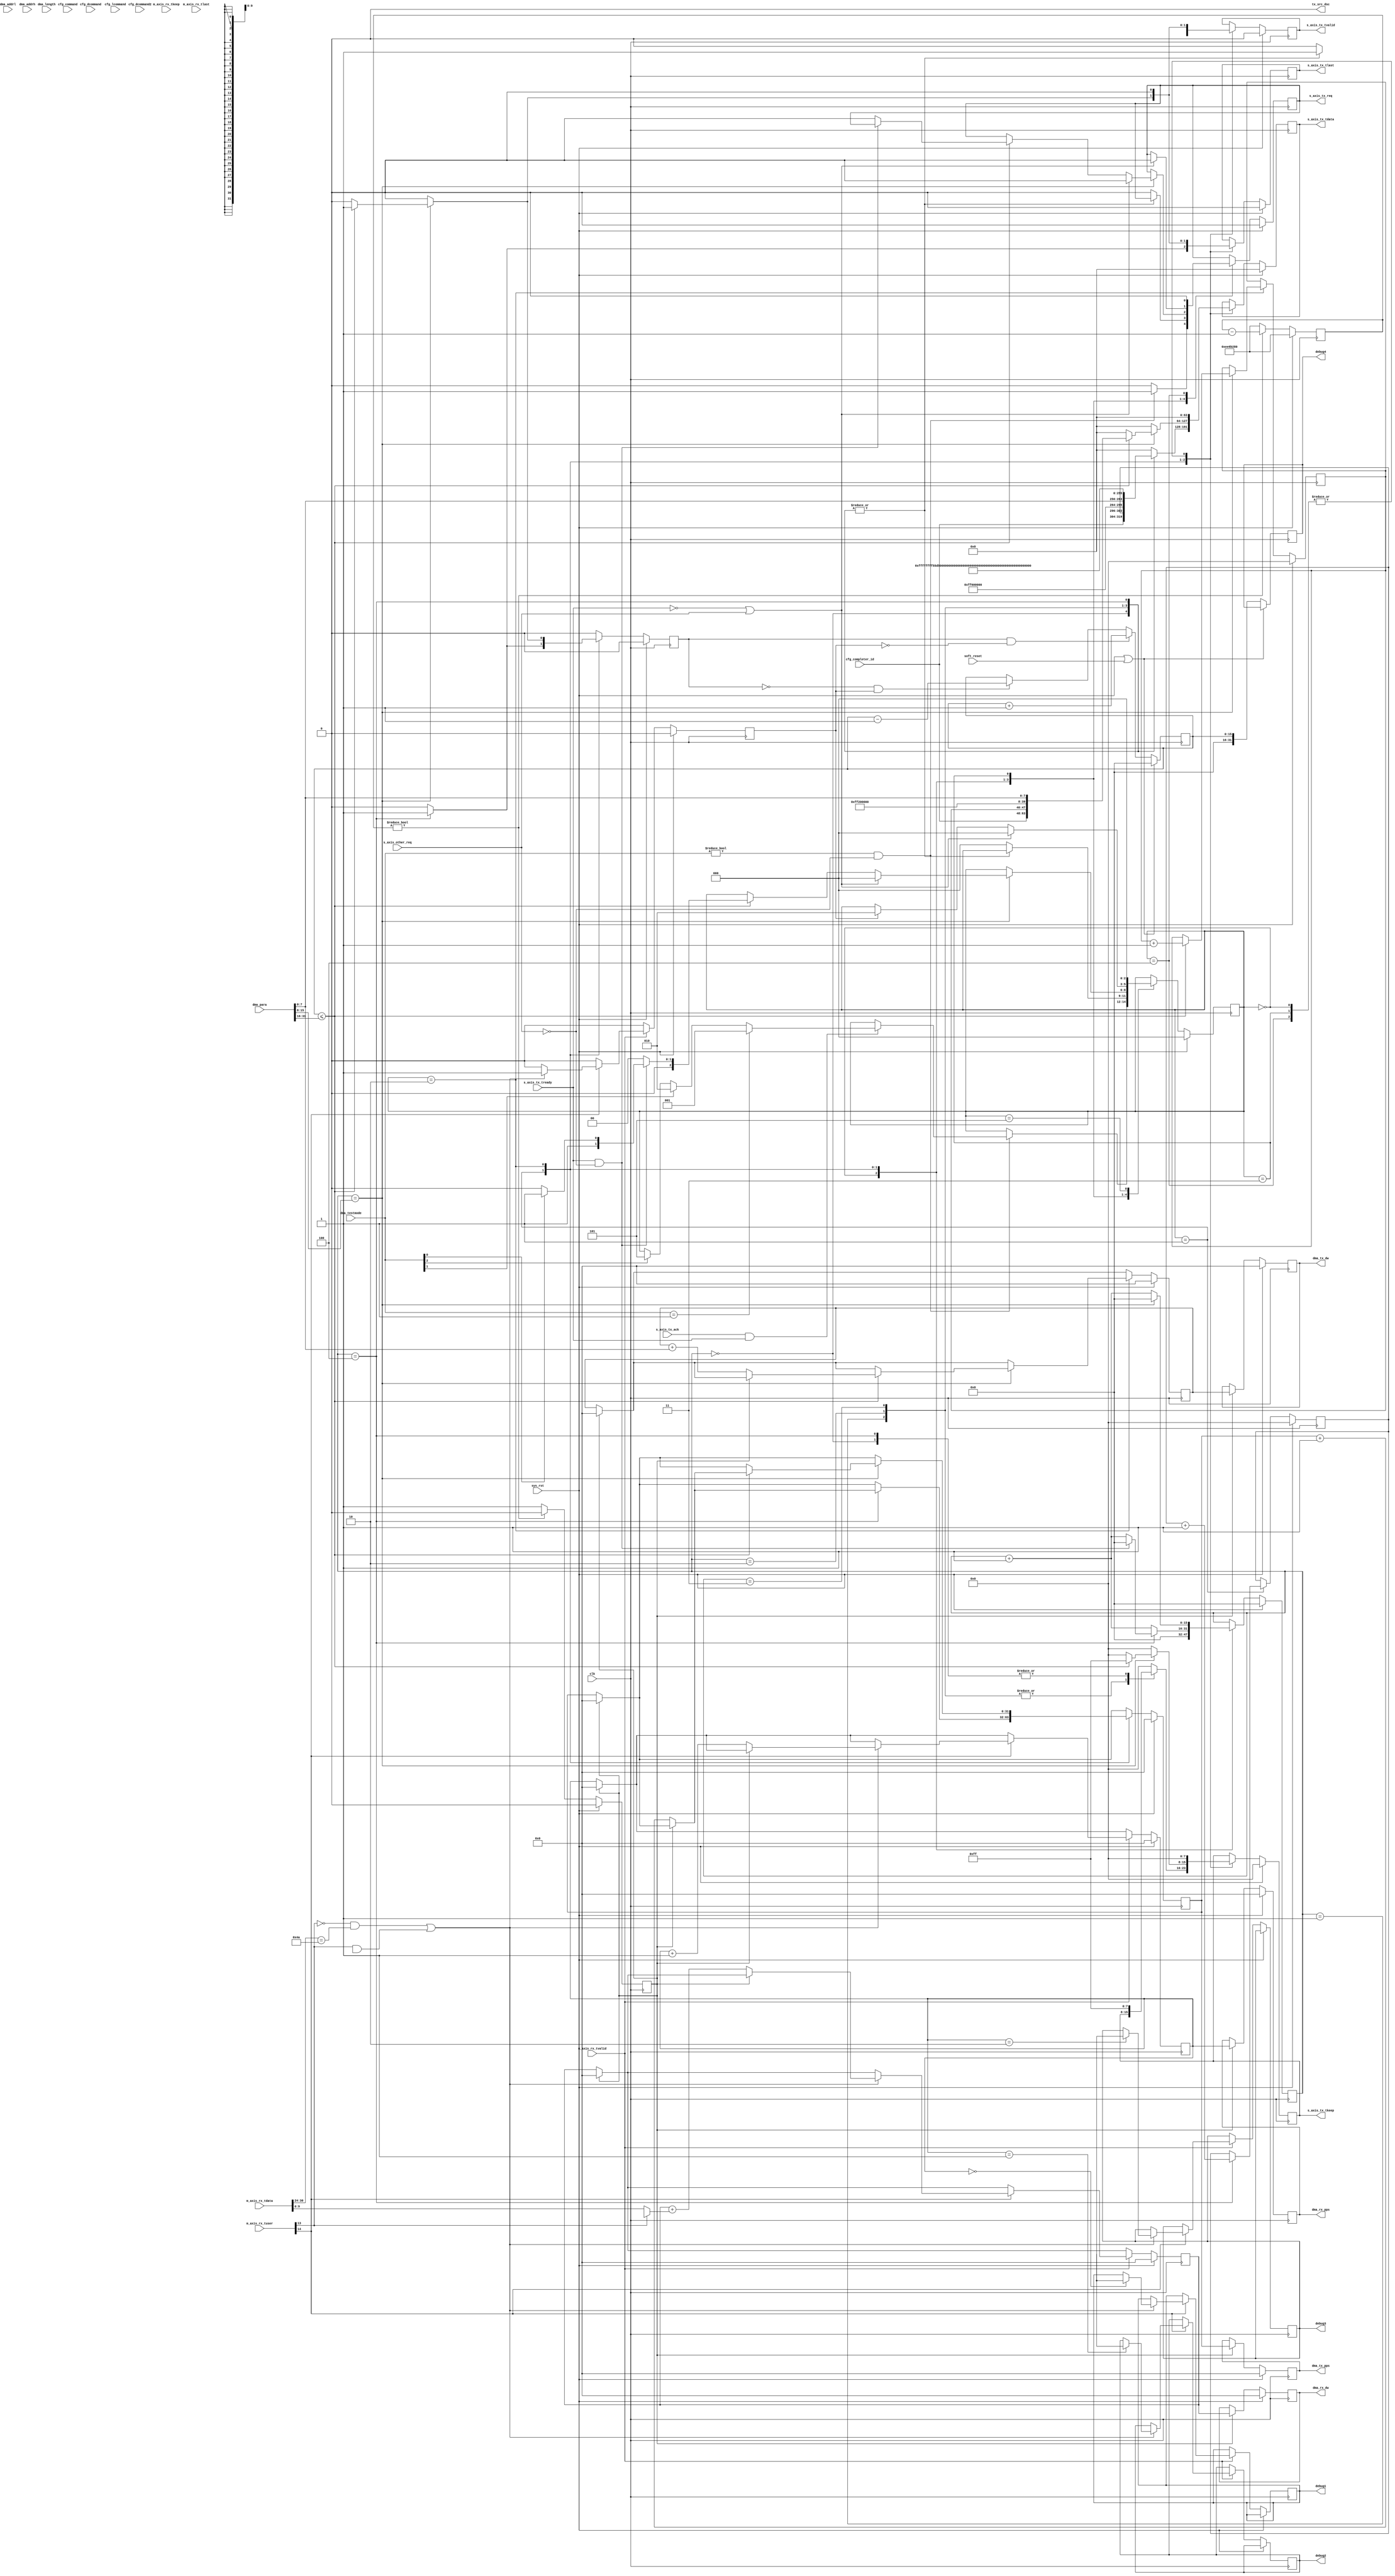
`default_nettype none
`timescale 1ps/1ps

module PIO_DMATEST # (
	// RX/TX interface data width
	parameter C_DATA_WIDTH = 64,
	parameter TCQ = 1,
	// TSTRB width
	parameter KEEP_WIDTH = C_DATA_WIDTH / 8
)(
	input wire clk,
	input wire sys_rst,
	input wire soft_reset,

	//AXIS TX
	input wire s_axis_other_req,
	output reg s_axis_tx_req = 1'b0,
	input wire s_axis_tx_ack,
	input wire s_axis_tx_tready,
	output reg [C_DATA_WIDTH-1:0] s_axis_tx_tdata,
	output reg [KEEP_WIDTH-1:0] s_axis_tx_tkeep = 16'h00,
	output reg s_axis_tx_tlast = 1'b0,
	output reg s_axis_tx_tvalid = 1'b0,
	output wire tx_src_dsc,

	input wire [15:0] cfg_completer_id,

	//AXIS RX
	input wire [C_DATA_WIDTH-1:0] m_axis_rx_tdata,
	input wire [KEEP_WIDTH-1:0] m_axis_rx_tkeep,
	input wire m_axis_rx_tlast,
	input wire m_axis_rx_tvalid,
	input wire [21:0] m_axis_rx_tuser,

        input wire [15:0] cfg_command,
        input wire [15:0] cfg_dcommand,
        input wire [15:0] cfg_lcommand,
        input wire [15:0] cfg_dcommand2,

	// PCIe user registers
	input wire  [2:0] dma_testmode,
	input wire [31:2] dma_addrl,
	input wire [15:0] dma_addrh,
	input wire [31:2] dma_length,
	input wire [31:0] dma_para,
	output reg [31:0] dma_tx_pps = 32'h0,
	output reg [31:0] dma_tx_dw = 32'h0,
	output reg [31:0] dma_rx_pps = 32'h0,
	output reg [31:0] dma_rx_dw = 32'h0,

	output reg [31:0] debug1 = 32'h0,
	output reg [31:0] debug2 = 32'h0,
	output reg [31:0] debug3 = 32'h0,
	output reg [31:0] debug4 = 32'h0
);

//wire [4:0] rx_is_sof;
//wire [4:0] rx_is_eof;
//assign rx_is_sof = m_axis_rx_tuser[14:10];
//assign rx_is_eof = m_axis_rx_tuser[21:17];
wire sof_present = m_axis_rx_tuser[14];
wire sof_right = !m_axis_rx_tuser[13] & sof_present;
wire sof_mid = m_axis_rx_tuser[13] & sof_present;
wire eof_present = m_axis_rx_tuser[21];


// 1sec snapshot
reg oneshot_1sec = 1'b0;
reg [27:0] counter_1sec = 28'd250_000_000;
always @(posedge clk) begin
	if (sys_rst) begin
		counter_1sec <= 28'd250_000_000;
		oneshot_1sec <= 1'b0;
	end else begin
		oneshot_1sec <= 1'b0;
		if (counter_1sec != 28'd0) begin
			counter_1sec <= counter_1sec - 28'd1;
		end else begin
			oneshot_1sec <= 1'b1;
			counter_1sec <= 28'd250_000_000;
		end
	end
end


// Local wires
parameter TLP_TX_IDLE       = 3'b000;
parameter TLP_TX_WRITE      = 3'b001;
parameter TLP_TX_READ       = 3'b010;
parameter TLP_TX_READWAIT   = 3'b011;
parameter TLP_TX_READWRITE  = 3'b101;
parameter TLP_TX_LOOP       = 3'b100;
reg [2:0] tx_state = TLP_TX_IDLE;
reg [15:0] tlp_tx_count = 16'h0;
reg [7:0] tlp_rx_count = 8'h0;
reg [31:0] tlp_tx_pps = 32'h0;
reg [31:0] tlp_tx_dw = 32'h0;
reg [31:0] tlp_rx_pps = 32'h0;
reg [31:0] tlp_rx_dw = 32'h0;
reg [31:2] dma_addr = 30'h0;
reg [31:2] dma_len = 30'h0;
reg [7:0] tlp_tx_tag = 8'h0;
reg [7:0] tlp_rx_tag = 8'h0;
reg tx_done = 1'b0;
reg rx_done = 1'b0;
reg [15:0] tlp_remain = 16'd0;

// Transmit
always @(posedge clk) begin
	if (sys_rst) begin
		dma_addr <= 30'h0;
		dma_len <= 30'h0;
		tlp_tx_tag <= 8'h0;
		tlp_rx_tag <= 8'h0;
		tlp_tx_pps <= 32'h00;
		tlp_tx_dw <= 32'h00;
		dma_tx_pps <= 32'h00;
		dma_tx_dw <= 32'h00;
		tlp_tx_count <= 16'h0;
		s_axis_tx_req <= 1'b0;
		s_axis_tx_tvalid <= 1'b0;
		s_axis_tx_tlast <= 1'b0;
		s_axis_tx_tkeep <= 16'h0000;
		s_axis_tx_tdata <= 128'h00000000_00000000_00000000_00000000;
		tx_done <= 1'b0;
		tx_state <= TLP_TX_IDLE;
	end else begin
		tx_done <= 1'b0;
		if (oneshot_1sec) begin
			dma_tx_pps <= tlp_tx_pps;
			dma_tx_dw <= tlp_tx_dw;
			tlp_tx_pps <= 32'h00;
			tlp_tx_dw <= 32'h00;
		end
		case (tx_state)
		TLP_TX_IDLE: begin
			tlp_tx_count <= 16'h0;
			s_axis_tx_tvalid <= 1'b0;
			s_axis_tx_tlast <= 1'b0;
			s_axis_tx_tkeep <= 16'h0000;
			s_axis_tx_tdata <= 128'h00000000_00000000_00000000_00000000;
			if (dma_testmode != 3'h0 && s_axis_other_req == 1'b0) begin
				if (dma_addr == 30'h0) begin
					dma_addr <= dma_addrl;
					dma_len  <= dma_length;
				end
				s_axis_tx_req <= 1'b1;
				if (s_axis_tx_ack && s_axis_tx_tready)
					if (dma_testmode == 3'b001)
						tx_state <= TLP_TX_WRITE;
					else if (dma_testmode[1])
						tx_state <= TLP_TX_READ;
					else if (dma_testmode[2])
						tx_state <= TLP_TX_READWRITE;
			end else
				s_axis_tx_req <= 1'b0;
		end
		TLP_TX_WRITE: begin
			tlp_tx_count <= tlp_tx_count + 16'h1;
			case (tlp_tx_count)
			16'h0: begin
				s_axis_tx_tvalid <= 1'b1;
				s_axis_tx_tlast <= 1'b0;
				s_axis_tx_tkeep <= 16'hffff;
				s_axis_tx_tdata <= {{dma_addr, 2'b00}, {16'h00, dma_addrh}, cfg_completer_id, tlp_tx_tag[7:0], 8'hFF, 24'h600000, dma_para[7:0]};
			end
			16'h1: begin
				s_axis_tx_tvalid <= 1'b1;
				s_axis_tx_tlast <= 1'b0;
				s_axis_tx_tdata <= {tlp_tx_pps[31:0],96'hFFFF0000_FFFFFFFF_55D50040};
			end
			16'h2: begin
				s_axis_tx_tvalid <= 1'b1;
				s_axis_tx_tlast <= 1'b0;
				s_axis_tx_tdata <= 128'h0A5AC0A8_00004011_002E0000_08004500;
			end
			16'h3: begin
				s_axis_tx_tvalid <= 1'b1;
				s_axis_tx_tlast <= 1'b0;
				s_axis_tx_tdata <= 128'hCC00CC00_001A0000_02660D5E_0165C0A8;
			end
			16'h4: begin
				s_axis_tx_tvalid <= 1'b1;
				s_axis_tx_tlast <= 1'b1;
				s_axis_tx_tkeep <= 16'hffff;
				s_axis_tx_tdata <= 128'h40414243_3C3D3E3F_38393A3B_34353637;
				tx_done <= 1'b1;
				if (!oneshot_1sec) begin
					tlp_tx_pps <= tlp_tx_pps + 32'h1;
				end
				dma_addr <= dma_addr + {22'h00, dma_para[7:0]};
				dma_len <= dma_len - {22'h00, dma_para[7:0]};
				tlp_tx_tag <= tlp_tx_tag + 8'h1;
				if (dma_len == 30'h00) begin
					dma_addr <= dma_addrl;
					dma_len  <= dma_length;
				end
				if (s_axis_tx_tready && s_axis_other_req == 1'b0) begin
					tlp_tx_count <= 16'h0;
				end
			end
			default: begin
				s_axis_tx_tvalid <= 1'b0;
				s_axis_tx_tlast <= 1'b0;
				s_axis_tx_tkeep <= 16'h0000;
				s_axis_tx_tdata <= 128'h00000000_00000000_00000000_00000000;
				s_axis_tx_req <= 1'b0;
				tx_state <= TLP_TX_IDLE;
			end
			endcase
		end
		TLP_TX_READ: begin
			s_axis_tx_tvalid <= 1'b0;
			s_axis_tx_tlast <= 1'b0;
			s_axis_tx_tkeep <= 16'h0000;
			s_axis_tx_tdata <= 128'h00000000_00000000_00000000_00000000;
			tlp_tx_count <= tlp_tx_count + 16'h1;
			if (tlp_tx_count == dma_para[15:8]) begin
				tlp_tx_count <= 16'h0;
				if (tlp_remain <= dma_para[31:16]) begin
					tx_done <= 1'b1;
					s_axis_tx_tvalid <= 1'b1;
					s_axis_tx_tlast <= 1'b1;
					s_axis_tx_tkeep <= 16'hffff;
					s_axis_tx_tdata <= {{dma_addr, 2'b00}, {16'h0, dma_addrh}, cfg_completer_id, tlp_rx_tag[7:0], 8'hff, 24'h200000, dma_para[7:0]};
					if (!oneshot_1sec) begin
						tlp_tx_pps <= tlp_tx_pps + 32'h1;
						tlp_tx_dw <= tlp_tx_dw + {24'h0, dma_para[7:0]};
					end
					dma_addr <= dma_addr + {22'h00, dma_para[7:0]};
					dma_len <= dma_len - {22'h00, dma_para[7:0]};
					tlp_rx_tag <= tlp_rx_tag + 8'h1;
					if (dma_len == 30'h00) begin
						dma_addr <= dma_addrl;
						dma_len  <= dma_length;
					end
					if (s_axis_tx_tready && s_axis_other_req == 1'b0) begin
						if (dma_testmode[0] == 1'b0)
							tx_state <= TLP_TX_READ;
						else
							tx_state <= TLP_TX_READWAIT;
					end else begin
						s_axis_tx_req <= 1'b0;
						tx_state <= TLP_TX_IDLE;
					end
				end
				if (s_axis_tx_tready == 1'b0 || s_axis_other_req) begin
					s_axis_tx_req <= 1'b0;
					tx_state <= TLP_TX_IDLE;
				end
			end
		end
		TLP_TX_READWAIT: begin
			s_axis_tx_tvalid <= 1'b0;
			s_axis_tx_tlast <= 1'b0;
			s_axis_tx_tkeep <= 16'h0000;
			s_axis_tx_tdata <= 128'h00000000_00000000_00000000_00000000;
			if (s_axis_tx_tready == 1'b0 || s_axis_other_req) begin
				s_axis_tx_req <= 1'b0;
				tx_state <= TLP_TX_IDLE;
			end else if (rx_done)
				tx_state <= TLP_TX_READ;
		end
		TLP_TX_READWRITE: begin
			tx_state <= TLP_TX_IDLE;
		end
		TLP_TX_LOOP: begin
			s_axis_tx_tvalid <= 1'b0;
			s_axis_tx_tlast <= 1'b0;
			s_axis_tx_tkeep <= 16'h0000;
			s_axis_tx_tdata <= 128'h00000000_00000000_00000000_00000000;
			s_axis_tx_req <= 1'b0;
		end
		endcase
	end
end

assign tx_src_dsc = 1'b0;

// Receive
always @(posedge clk) begin
	if (sys_rst) begin
		tlp_rx_pps <= 32'h00;
		tlp_rx_dw <= 32'h00;
		dma_rx_pps <= 32'h00;
		dma_rx_dw <= 32'h00;
		tlp_rx_count <= 8'h0;
		rx_done <= 1'b0;
	end else begin
		if (oneshot_1sec) begin
			dma_rx_pps <= tlp_rx_pps;
			dma_rx_dw <= tlp_rx_dw;
			tlp_rx_pps <= 32'h00;
			tlp_rx_dw <= 32'h00;
		end
		if (m_axis_rx_tvalid) begin
			if (sof_present) begin
				tlp_rx_count <= 8'h0;
				if ((m_axis_rx_tuser[13] == 1'b0 && m_axis_rx_tdata[30:24]==7'b1001010) || (m_axis_rx_tuser[13] == 1'b1 && m_axis_rx_tdata[94:88]==7'b1001010)) begin  // ?completion with data
case (tlp_rx_pps)
32'h0: debug1 <= m_axis_rx_tdata[127:96];
32'h1: debug2 <= m_axis_rx_tdata[127:96];
32'h2: debug3 <= m_axis_rx_tdata[127:96];
//32'h3: debug4 <= m_axis_rx_tdata[127:96];
endcase
					if (!oneshot_1sec) begin
//						tlp_rx_pps <= m_axis_rx_tdata[31:00];
						tlp_rx_pps <= tlp_rx_pps + 32'h1;
						tlp_rx_dw <= tlp_rx_dw + {22'h0, m_axis_rx_tuser[13] ? m_axis_rx_tdata[73:64] : m_axis_rx_tdata[9:0]};
					end
					rx_done <= 1'b1;
				end else
					rx_done <= 1'b0;
			end else begin
				tlp_rx_count <= tlp_rx_count + 8'h1;
				rx_done <= 1'b0;
			end
		end else
			rx_done <= 1'b0;
	end
end

// remain pps management
always @(posedge clk) begin
	if (sys_rst || soft_reset) begin
		tlp_remain <= 16'd0;
	end else begin
debug4 <= {16'h0, tlp_remain};
		if (tx_done == 1'b1 && rx_done == 1'b0)
			tlp_remain <= tlp_remain + 16'd1;
		else if (tx_done == 1'b0 && rx_done == 1'b1)
			tlp_remain <= tlp_remain - 16'd1;
	end
end

endmodule // PIO_TX_DMATEST
`default_nettype wire